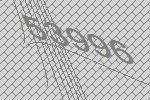
53996